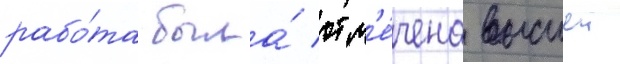
рабо́та была́ отм'е́чена высшеи